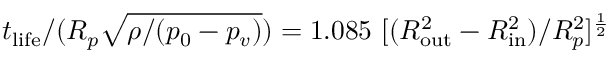
t _ { \mathrm { l i f e } } / ( R _ { p } \sqrt { \rho / ( p _ { 0 } - p _ { v } ) } ) = 1 . 0 8 5 ~ [ ( R _ { \mathrm { o u t } } ^ { 2 } - R _ { \mathrm { i n } } ^ { 2 } ) / R _ { p } ^ { 2 } ] ^ { \frac { 1 } { 2 } }